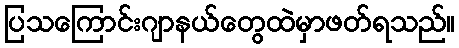
ပြသကြောင်းဂျာနယ်တွေထဲမှာဖတ်ရသည်။